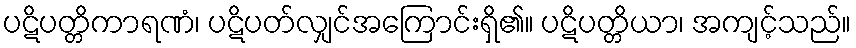
ပဋိပတ္တိကာရဏံ၊ ပဋိပတ်လျှင်အကြောင်းရှိ၏။ ပဋိပတ္တိယာ၊ အကျင့်သည်။